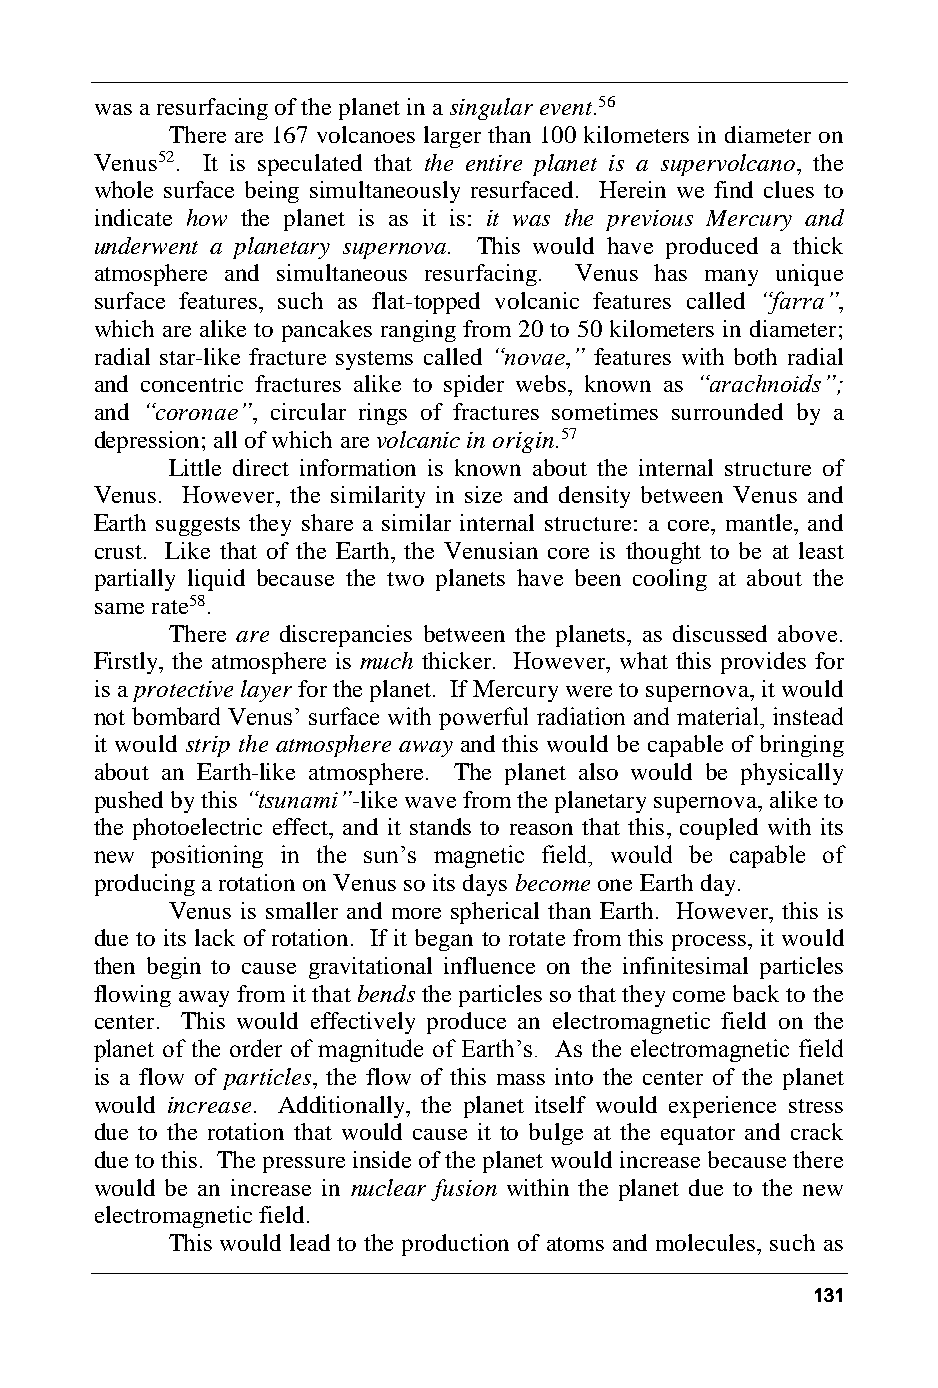
was a resurfacing of the planet in a singular event.56
 There are 167 volcanoes larger than 100 kilometers in diameter on
 Venus52. It is speculated that the entire planet is a supervolcano, the
 whole surface being simultaneously resurfaced. Herein we find clues to
 indicate how the planet is as it is: it was the previous Mercury and
 underwent a planetary supernova. This would have produced a thick
 atmosphere and simultaneous resurfacing. Venus has many unique
 surface features, such as flat-topped volcanic features called “farra”,
 which are alike to pancakes ranging from 20 to 50 kilometers in diameter;
 radial star-like fracture systems called “novae,” features with both radial
 and concentric fractures alike to spider webs, known as “arachnoids”;
 and “coronae”, circular rings of fractures sometimes surrounded by a
 depression; all of which are volcanic in origin.57
 Little direct information is known about the internal structure of
 Venus. However, the similarity in size and density between Venus and
 Earth suggests they share a similar internal structure: a core, mantle, and
 crust. Like that of the Earth, the Venusian core is thought to be at least
 partially liquid because the two planets have been cooling at about the
 same rate58.
 There are discrepancies between the planets, as discussed above.
 Firstly, the atmosphere is much thicker. However, what this provides for
 is a protective layer for the planet. If Mercury were to supernova, it would
 not bombard Venus’ surface with powerful radiation and material, instead
 it would strip the atmosphere away and this would be capable of bringing
 about an Earth-like atmosphere. The planet also would be physically
 pushed by this “tsunami”-like wave from the planetary supernova, alike to
 the photoelectric effect, and it stands to reason that this, coupled with its
 new positioning in the sun’s magnetic field, would be capable of
 producing a rotation on Venus so its days become one Earth day.
 Venus is smaller and more spherical than Earth. However, this is
 due to its lack of rotation. If it began to rotate from this process, it would
 then begin to cause gravitational influence on the infinitesimal particles
 flowing away from it that bends the particles so that they come back to the
 center. This would effectively produce an electromagnetic field on the
 planet of the order of magnitude of Earth’s. As the electromagnetic field
 is a flow of particles, the flow of this mass into the center of the planet
 would increase. Additionally, the planet itself would experience stress
 due to the rotation that would cause it to bulge at the equator and crack
 due to this. The pressure inside of the planet would increase because there
 would be an increase in nuclear fusion within the planet due to the new
 electromagnetic field.
 This would lead to the production of atoms and molecules, such as
 131